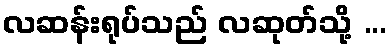
လဆန်းရုပ်သည် လဆုတ်သို့ ...